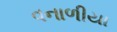
વનાળીયા